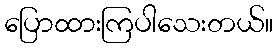
ပြောထားကြပါသေးတယ်။